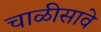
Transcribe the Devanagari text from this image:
चाळीसावे